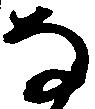
な